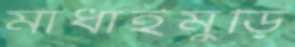
মাধাইমুড়ি